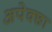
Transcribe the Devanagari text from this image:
अपेक्छा